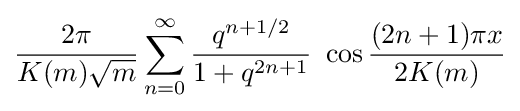
{\frac {2\pi }{K(m){\sqrt {m}}}}\sum _{n=0}^{\infty }{\frac {q^{n+1/2}}{1+q^{2n+1}}}~\cos {\frac {(2n+1)\pi x}{2K(m)}}